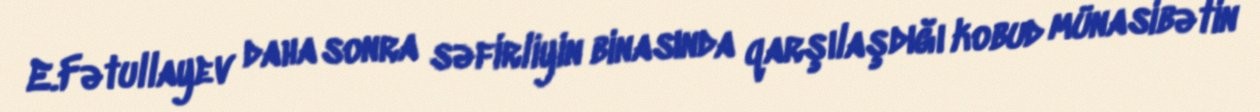
E.Fətullayev daha sonra səfirliyin binasında qarşılaşdığı kobud münasibətin